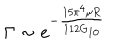
\Gamma \sim e ^ { - \frac { 1 5 \pi ^ { 4 } \mu R } { 1 1 2 G _ { 1 0 } } }